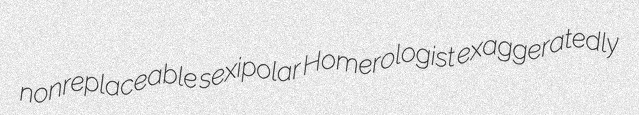
nonreplaceable sexipolar Homerologist exaggeratedly